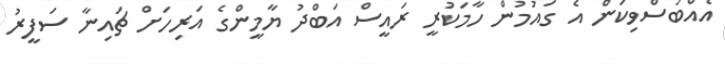
އެއްބަސްވިކަން އެ ގައުމުން ހާމަކުރީ ރައީސް އަބްދު ޔާމީންގެ އަރިހަަށް ޗައިނާ ސަފީރު